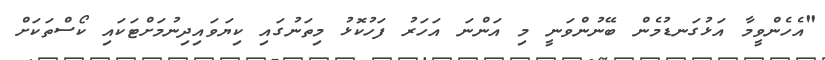
"އެހެންވީމާ އަޅުގަނޑުމެން ބޭނުންވަނީ މި އަންނަ އަހަރު ފަހުކޮޅު މިތަނުގައި ކިޔަވައިދިނުމަށްޓަކައި ކޯސްތަކަށް